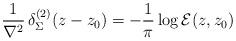
LaTeX: \begin{align*}\frac1{\nabla^2}\,\delta_\Sigma^{(2)}(z-z_0)=-\frac1\pi\log {\cal E}(z,z_0)\end{align*}